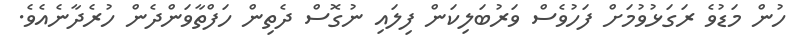
ހުން މަޑުވެ ރަގަޅުވުމަށް ފަހުވެސް ވަރުބަލިކަން ފިލައި ނުގޮސް ދެތިން ހަފްތާވަންދެން ހުރެދާނެއެވެ.